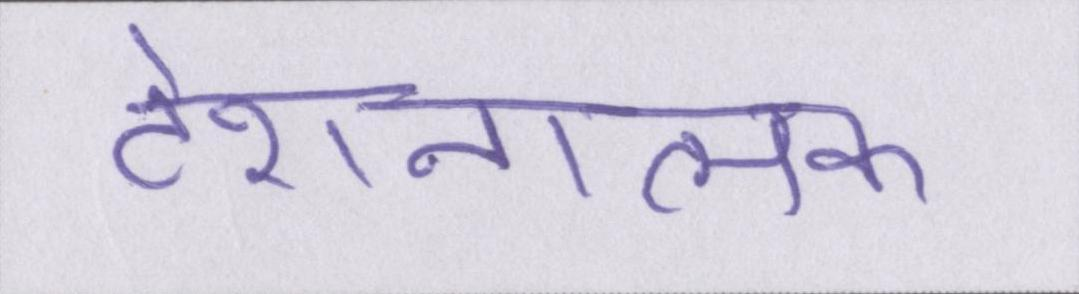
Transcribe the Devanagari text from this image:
टेंशनात्मक